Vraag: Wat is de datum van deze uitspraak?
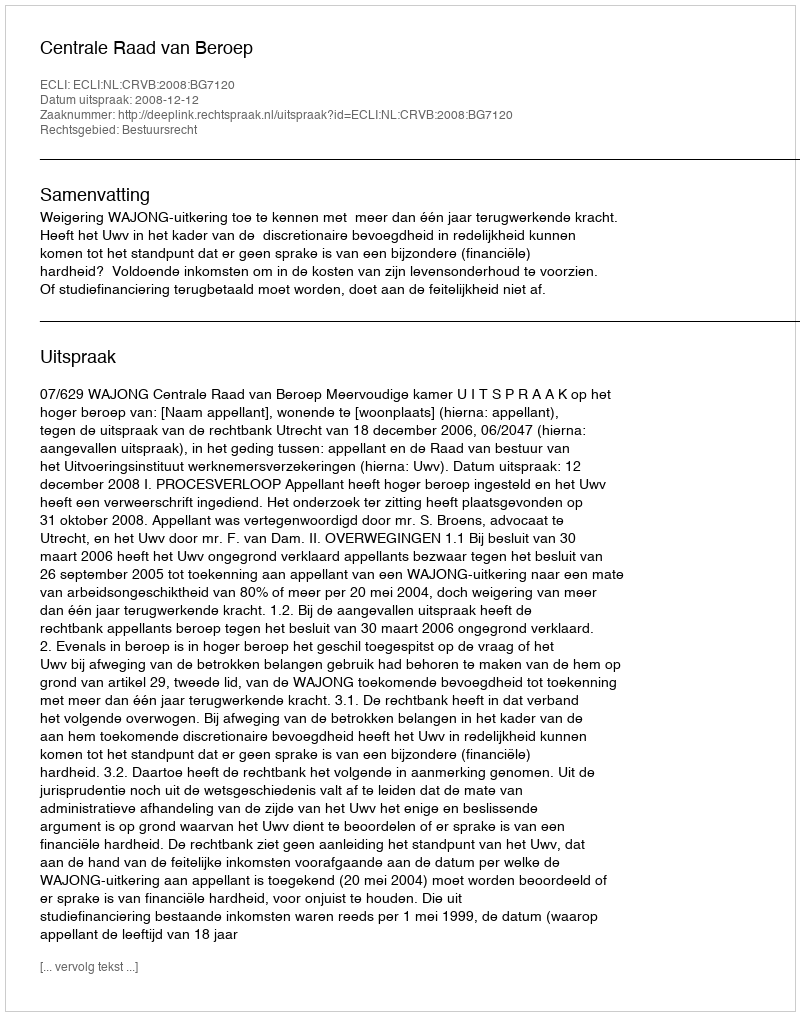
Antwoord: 2008-12-12